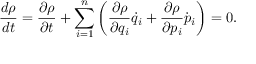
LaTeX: { \frac { d \rho } { d t } } = { \frac { \partial \rho } { \partial t } } + \sum _ { i = 1 } ^ { n } \left( { \frac { \partial \rho } { \partial q _ { i } } } { \dot { q } } _ { i } + { \frac { \partial \rho } { \partial p _ { i } } } { \dot { p } } _ { i } \right) = 0 .